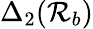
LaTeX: \Delta_{2}(\mathcal{R}_{b})